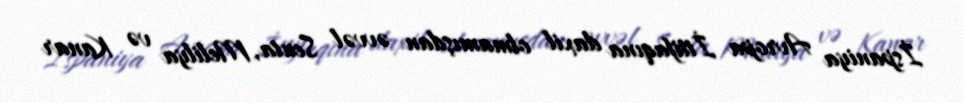
İspaniya Avropa İttifaqına daxil olmamışdan əvvəl Seuta, Melilya və Kanar